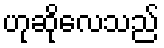
ဟုဆိုလေသည်